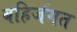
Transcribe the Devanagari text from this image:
बहिर्जगत